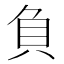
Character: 負